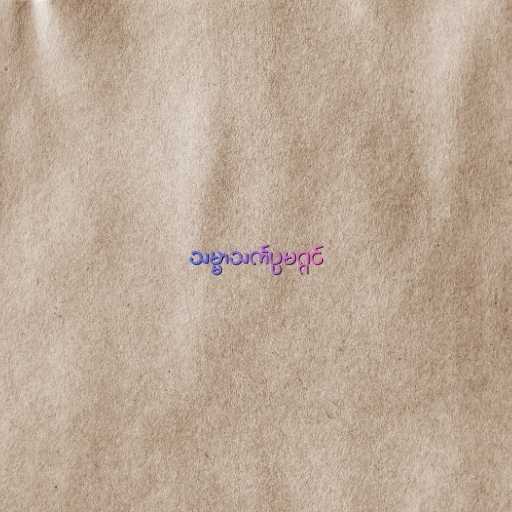
သမ္မာသင်္ကပ္ပမဂ္ဂင်